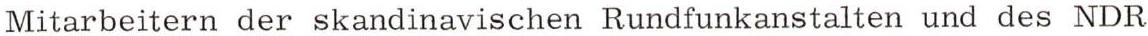
Mitarbeitern der skandinavischen Rundfunkanstalten und des NDR